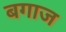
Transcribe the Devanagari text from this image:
बगाज